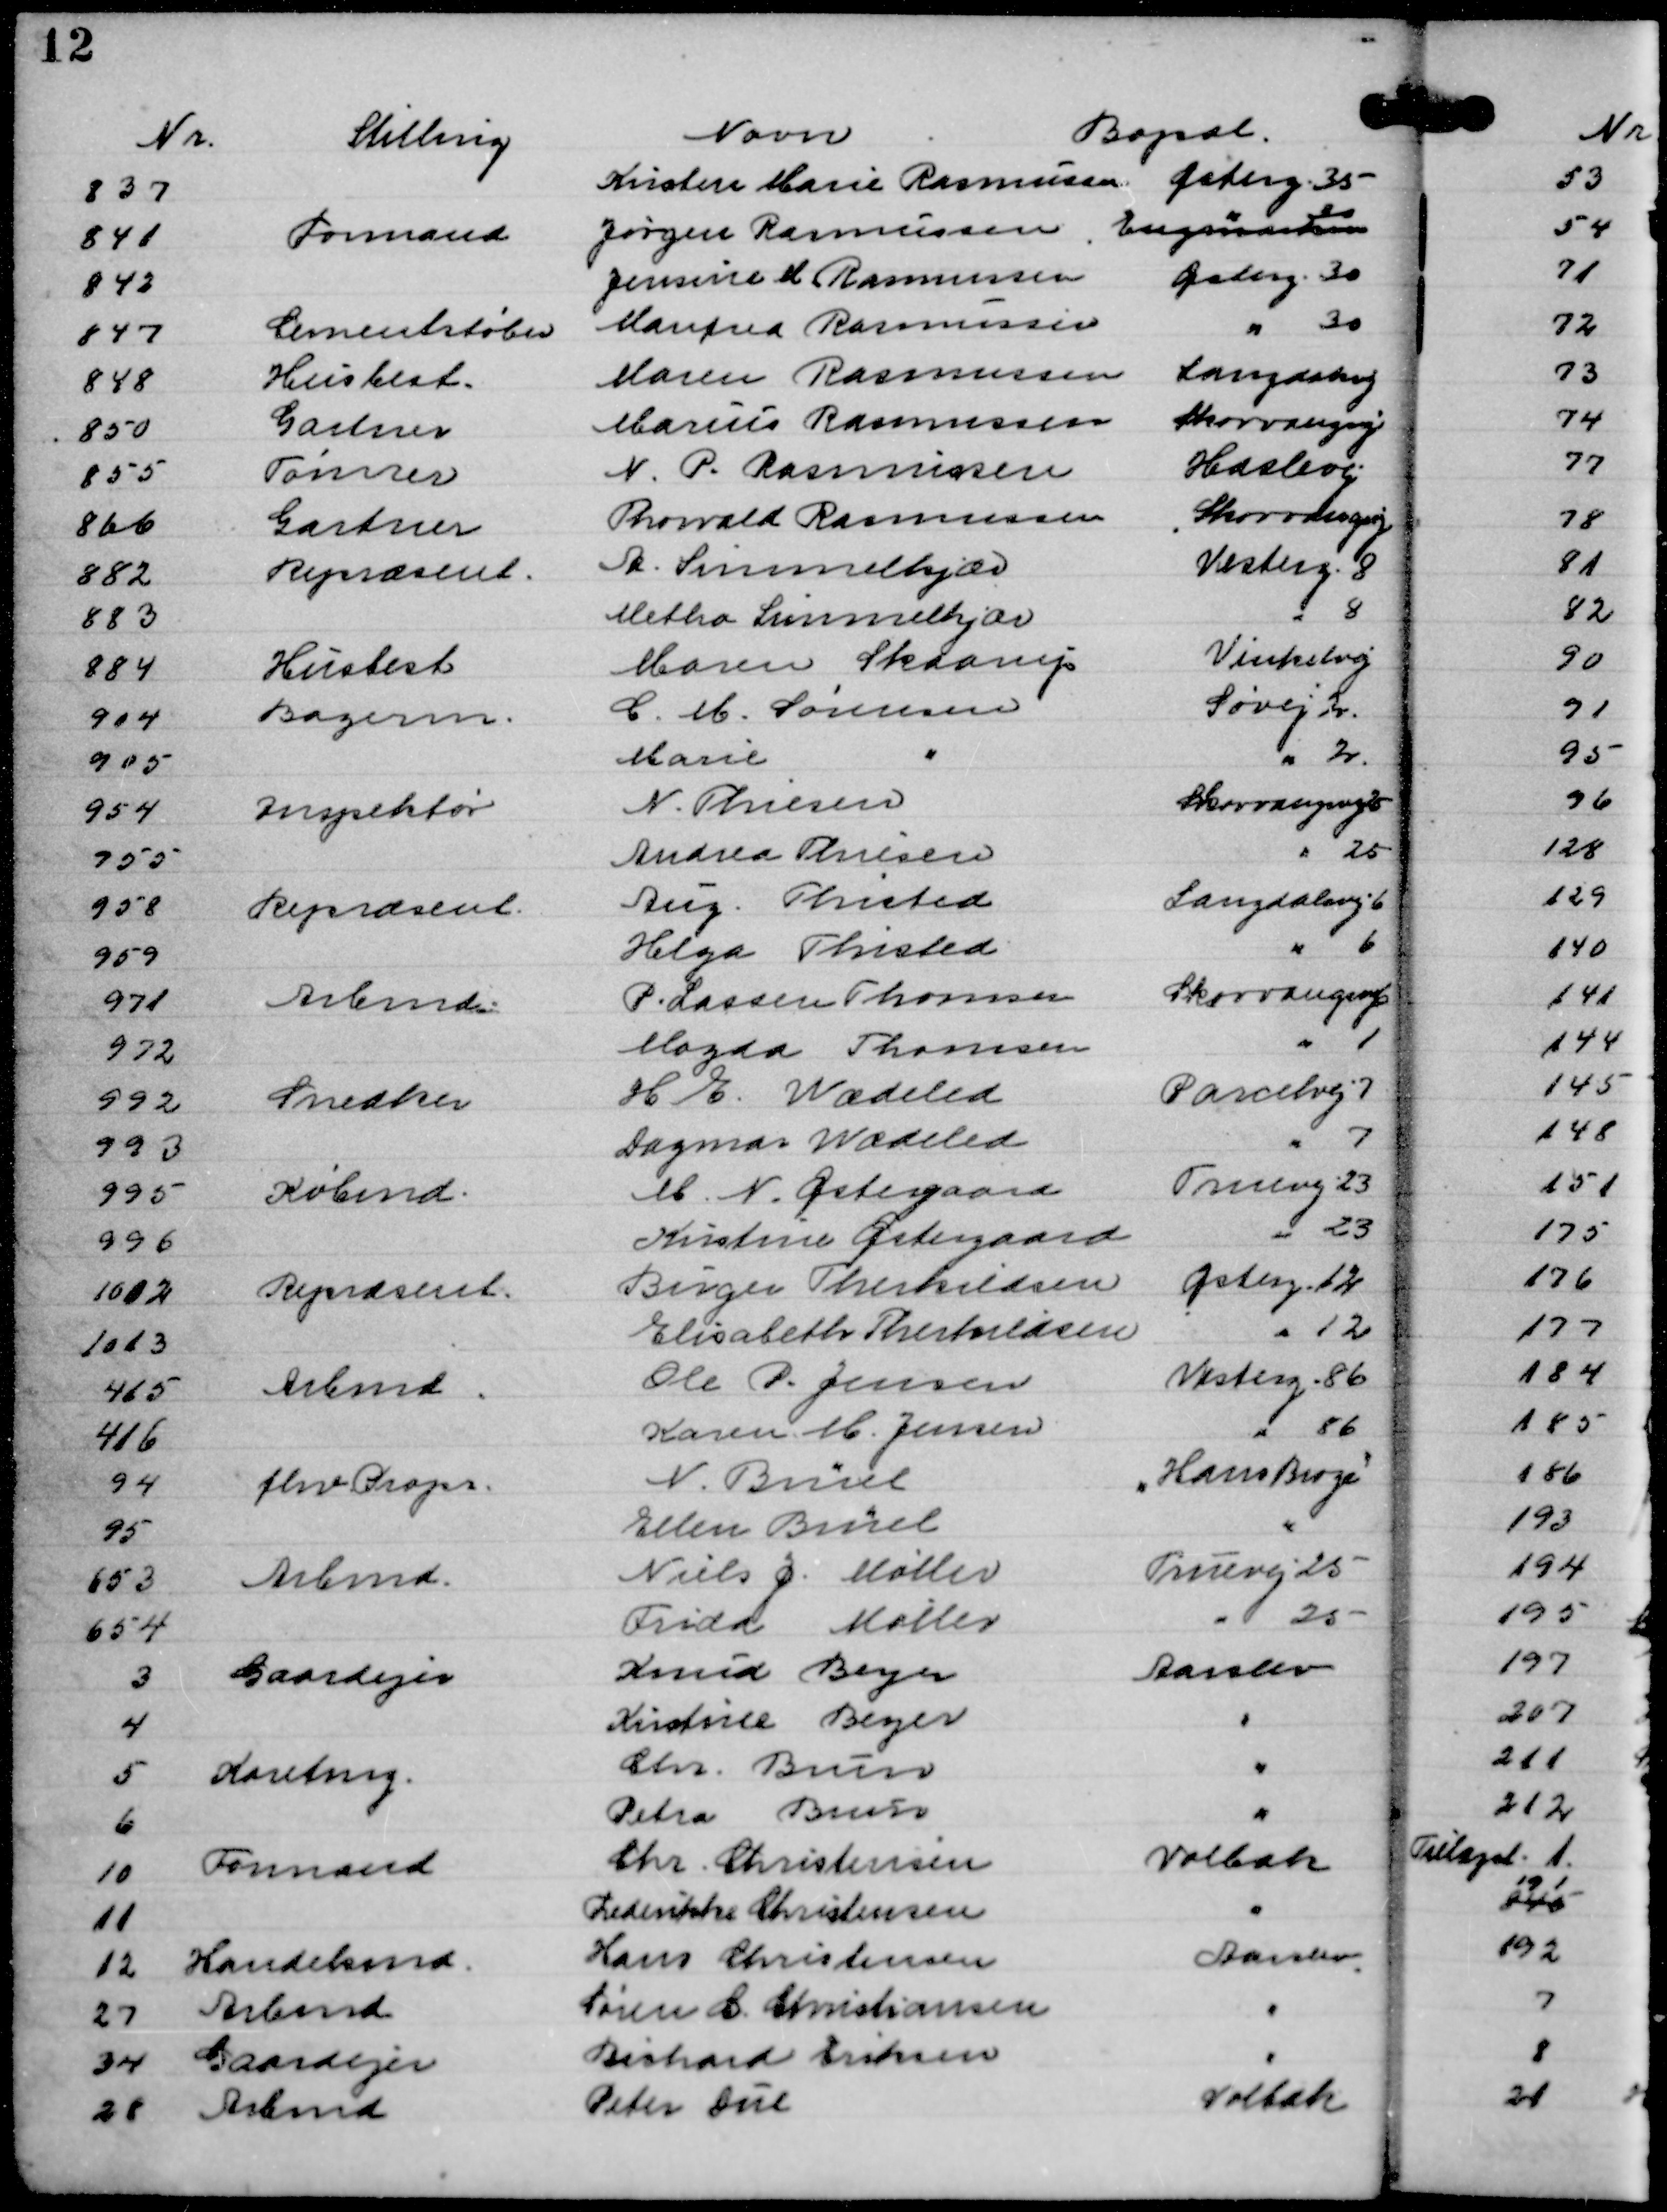
Transskription:
Nr.
Stilling
Navn
Bopæl
837
Kristen Marie Rasmussen
Østerg. 35
841
Formand
Jørgen Rasmussen
Engmarken
" 30
842
Jensine M Rasmussen
Østerg. 30
847
Cementstøber
Manfred Rasmussen
" 30
848
Husbest.
Maren Rasmussen
Langdalsvej
850
Gartner
Marius Rasmussen
Skovvangsvej
855
Tømrer
N. P. Rasmussen
Haslevej
866
Gartner
Thorvald Rasmussen
Skovvangsvej
882
Repræsent.
A. Simmelkjær
Vesterg. 8
883
Metha Simmelkjær
" 8
884
Husbest
Maren Skaarup
Vinkelvej
914
Bagerm.
C. M. Sørensen
Søvej 2
905
Marie
"
" 2.
954
Inspektør
N. Thiesen
Skovvangsvej 25
955
Andrea Thiesen
" 25
958
Repræsent.
Aug. Thisted
Langdalsvej 6
959
Helga Thisted
" 6
971
Arbmd.
P. Lassen Thomsen
Skovvangsvej 6
972
Magda Thomsen
" 1
992
Snedker
H. E. Wædeled
Parcelvej 7
993
Dagmar Wædeled
" 7
995
Købmd.
M. N. Østergaard
Truevej 23
996
Kirstine Østergaard
" 23
1002
Repræsent.
Birger Therkildsen
Østerg. 12
1013
Elisabeth Therkildsen
" 12
415
Arbmd.
Ole P. Jensen
Vesterg. 86
416
Karen M. Jensen
" 86
94
fhv Propr.
N. Brüel
"Hans Broge"

95
Ellen Brüel
"
653
Arbmd.
Niels J. Møller
Truevej 25
654
Frida Møller
" 25
3
Gaardejer
Knud Beyer
Aarslev
4
Kirstine Beyer
"
5
Karetmg.
Chr. Brun
"
6
Petra Brun
"
10
Formand
Chr. Christensen
Volbæk
11
Frederikke Christensen
"
12
Handelsmd.
Hans Christensen
Aarslev.
27
Arbmd
Søren C. Christiansen
"
34
Gaardejer
Richard Eriksen
"
28
Arbmd
Peter Due
Volbæk